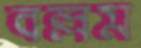
বল্লম